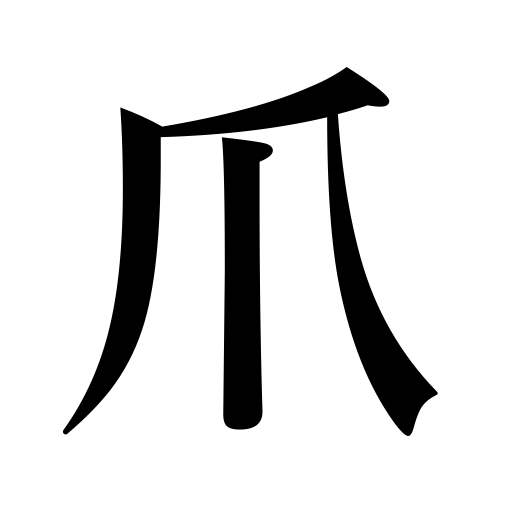
Meanings: hoof,catch,plectrum,nail,talon,hook,claw